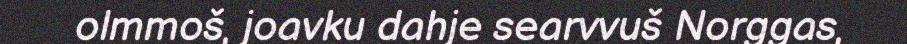
olmmoš, joavku dahje searvvuš Norggas,